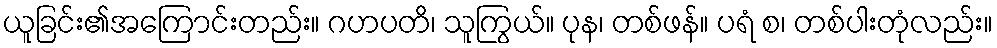
ယူခြင်း၏အကြောင်းတည်း။ ဂဟပတိ၊ သူကြွယ်။ ပုန၊ တစ်ဖန်။ ပရံ စ၊ တစ်ပါးတုံလည်း။